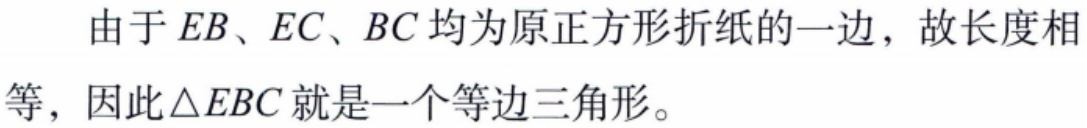
由于 \(EB\)、\(EC\)、\(BC\) 均为原正方形折纸的一边，故长度相等，因此 \(\triangle EBC\) 就是一个等边三角形。